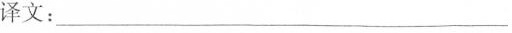
译文：___